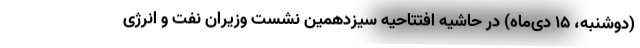
(دوشنبه، ۱۵ دی‌ماه) در حاشیه افتتاحیه سیزدهمین نشست وزیران نفت و انرژی